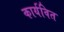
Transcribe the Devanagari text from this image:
कार्यवित